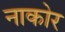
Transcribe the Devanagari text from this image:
नाकोर